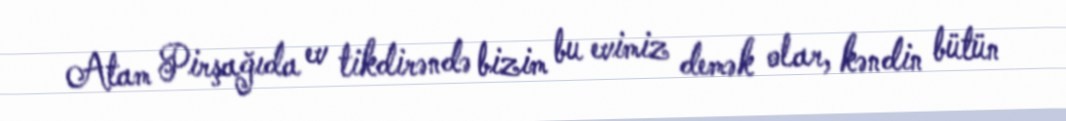
Atam Pirşağıda ev tikdirəndə bizim bu evimiz demək olar, kəndin bütün